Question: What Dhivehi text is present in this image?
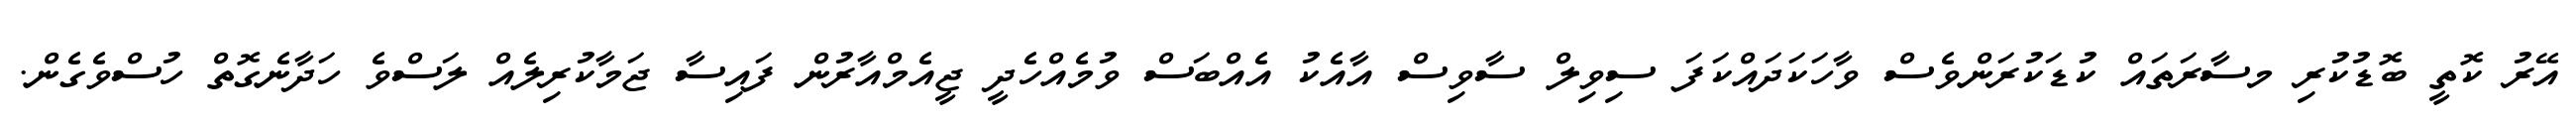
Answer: އޭރު ކޮތީ ބޮޑުކުރި މސާރަތައް ކުޑަކުރަންވެސް ވާހަކަދައްކަފަ ސިވިލް ސާވިސް އާއެކު އެއްބަސް ވުމެއްހެދީ ޖީއެމްއާރުން ފައިސާ ޖަމާކުރިލެއް ލަސްވެ ހަދާނެގޮތް ހުސްވެގެން.